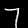
Label: 7